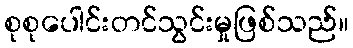
စုစုပေါင်းတင်သွင်းမှုဖြစ်သည်။